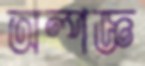
অল্পজ্ঞ